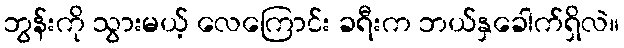
ဘွန်းကို သွားမယ့် လေကြောင်း ခရီးက ဘယ်နှခေါက်ရှိလဲ။